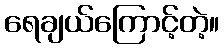
ရေချယ်ကြောင့်တဲ့။